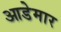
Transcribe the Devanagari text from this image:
आडेमार